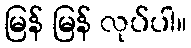
မြန် မြန် လုပ်ပါ။